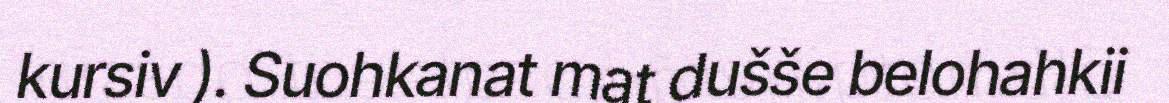
kursiv ). Suohkanat mat dušše belohahkii